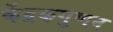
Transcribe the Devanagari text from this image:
केंद्रकगुणन